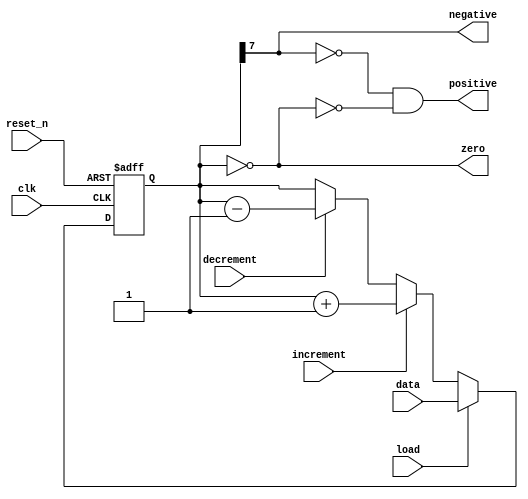
module temp_register (input clk, reset_n, load, increment, decrement, input [7:0] data, output negative, positive, zero);
	reg signed [7:0] temp;
	
	assign negative=temp[7];
	assign positive=(~temp[7] && ~zero);
	assign zero=(temp==8'b0);	
	
	always @(posedge clk or negedge reset_n) begin
		if (!reset_n) begin
			temp<=8'b0;
		end else if (load) begin
			temp<=data;
		end else if (increment) begin
			temp<=temp+8'b1;
		end else if (decrement) begin
			temp<=temp-8'b1;
		end
	end

endmodule